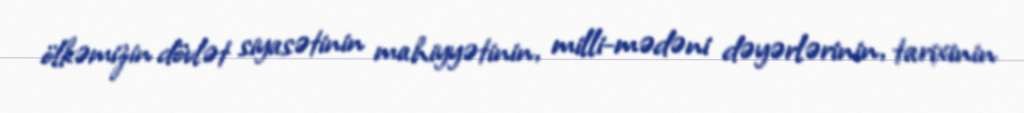
ölkəmizin dövlət siyasətinin mahiyyətinin, milli-mədəni dəyərlərinin, tarixinin